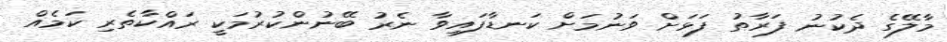
މާލޭގެ ދެކުނު ފަރާތު ފަޅަށް ވަނުމަށް ކަނޑާފައިވާ ނެރު ބޭނުންކުރުމަކީ ރައްކާތެރި ކަމެއް